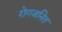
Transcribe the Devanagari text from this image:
रोगजनित